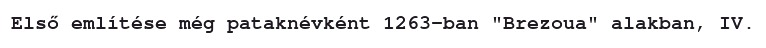
Első említése még pataknévként 1263-ban "Brezoua" alakban, IV.